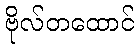
ဗိုလ်တထောင်